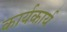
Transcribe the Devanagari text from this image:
कार्यकार्य